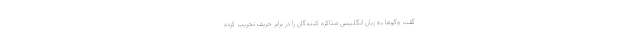
گفت ‌وگوها به زبان انگلیسی مذاکره کنندگان را در برابر حریف تخریب کرده